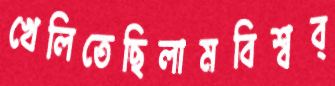
খেলিতেছিলামবিশ্বব্